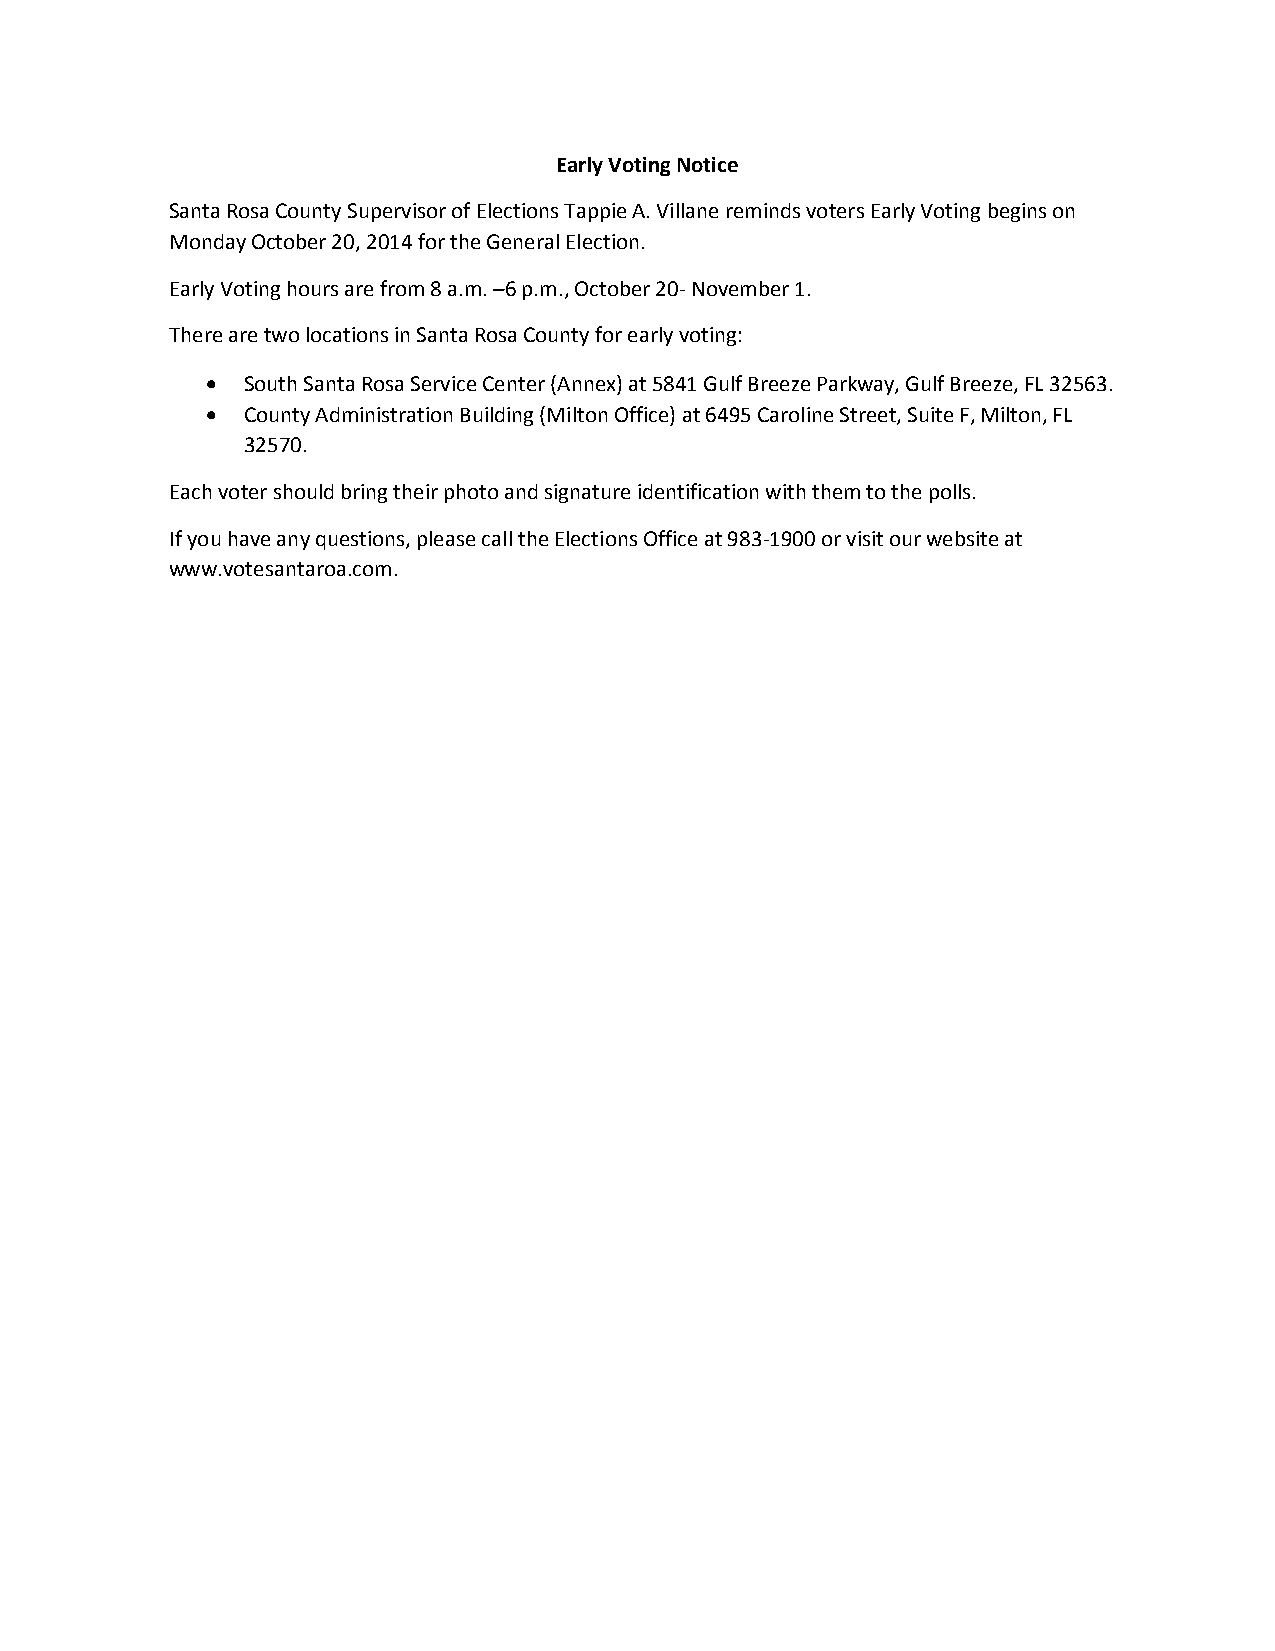
Early Voting Notice
 Santa Rosa County Supervisor of Elections Tappie A. Villane reminds voters Early Voting begins on
 Monday October 20, 2014 for the General Election.
 Early Voting hours are from 8 a.m. –6 p.m., October 20- November 1.
 There are two locations in Santa Rosa County for early voting:
  South Santa Rosa Service Center (Annex) at 5841 Gulf Breeze Parkway, Gulf Breeze, FL 32563.
  County Administration Building (Milton Office) at 6495 Caroline Street, Suite F, Milton, FL
 32570.
 Each voter should bring their photo and signature identification with them to the polls.
 If you have any questions, please call the Elections Office at 983-1900 or visit our website at
 www.votesantaroa.com.